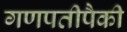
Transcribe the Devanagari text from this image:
गणपतीपैकी